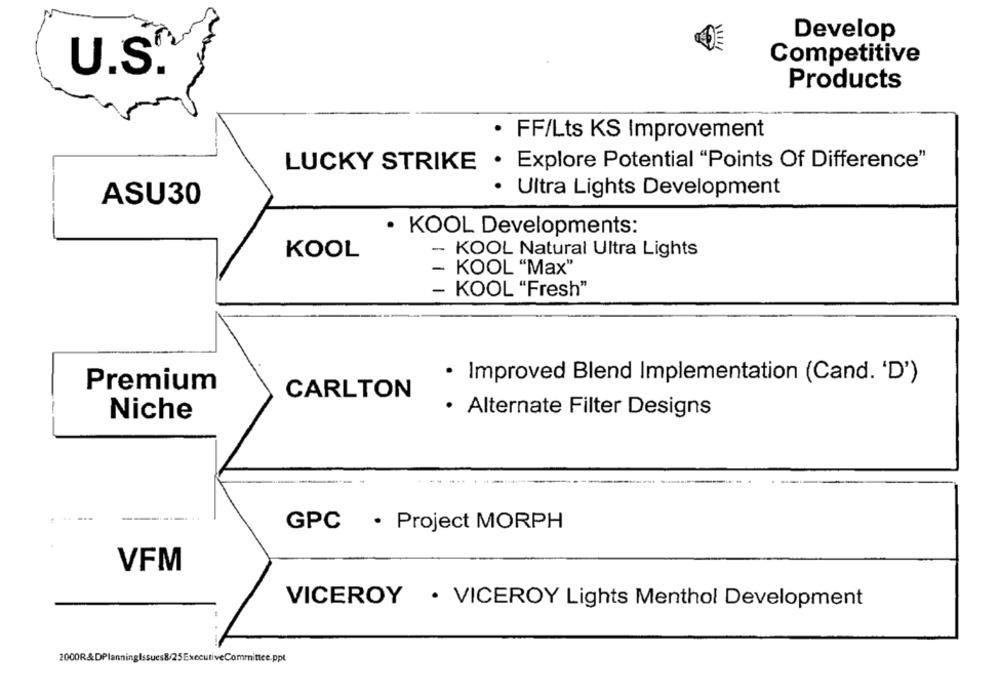
Develop
Competitive
U.S.
Products
FF/Lts KS Improvement
LUCKY STRIKE . Explore Potential "Points Of Difference"
· Ultra Lights Development
ASU30
· KOOL Developments:
KOOL
- KOOL Natural Ultra Lights
- KOOL "Max"
- KOOL "Fresh"
· Improved Blend Implementation (Cand. 'D')
Premium
CARLTON
-
Niche
· Alternate Filter Designs
GPC . Project MORPH
VFM
VICEROY . VICEROY Lights Menthol Development
2000R&DPlanningIssues8/25ExecutiveCommittee.ppt